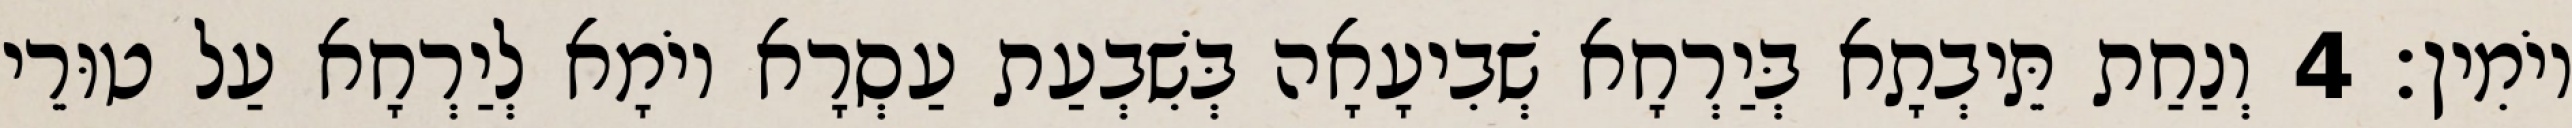
יוֹמִין׃ 4 וְנַחַת תֵּיבְתָא בְּיַרְחָא שְׁבִיעָאָה בְּשִׁבְעַת עַסְרָא יוֹמָא לְיַרְחָא עַל טוּרֵי